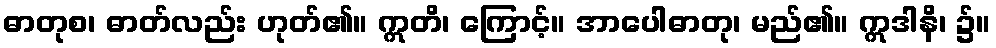
ဓာတုစ၊ ဓာတ်လည်း ဟုတ်၏။ ဣတိ၊ ကြောင့်။ အာပေါဓာတု၊ မည်၏။ ဣဒါနိ၊ ၌။